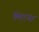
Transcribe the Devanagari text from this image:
मिराया